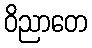
ဝိညာတေ